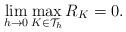
LaTeX: \begin{align*} \lim_{h\to 0} \max_{K \in \mathcal{T}_h} R_K =0. \end{align*}